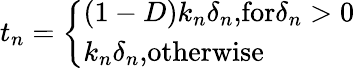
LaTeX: t_{n}=\left\{ \begin{array}{l}{(1-D)k_{n}\delta_{n}\textrm{,for}\delta_{n}>0}\\ {k_{n}\delta_{n}\textrm{,otherwise}}\end{array}\right.